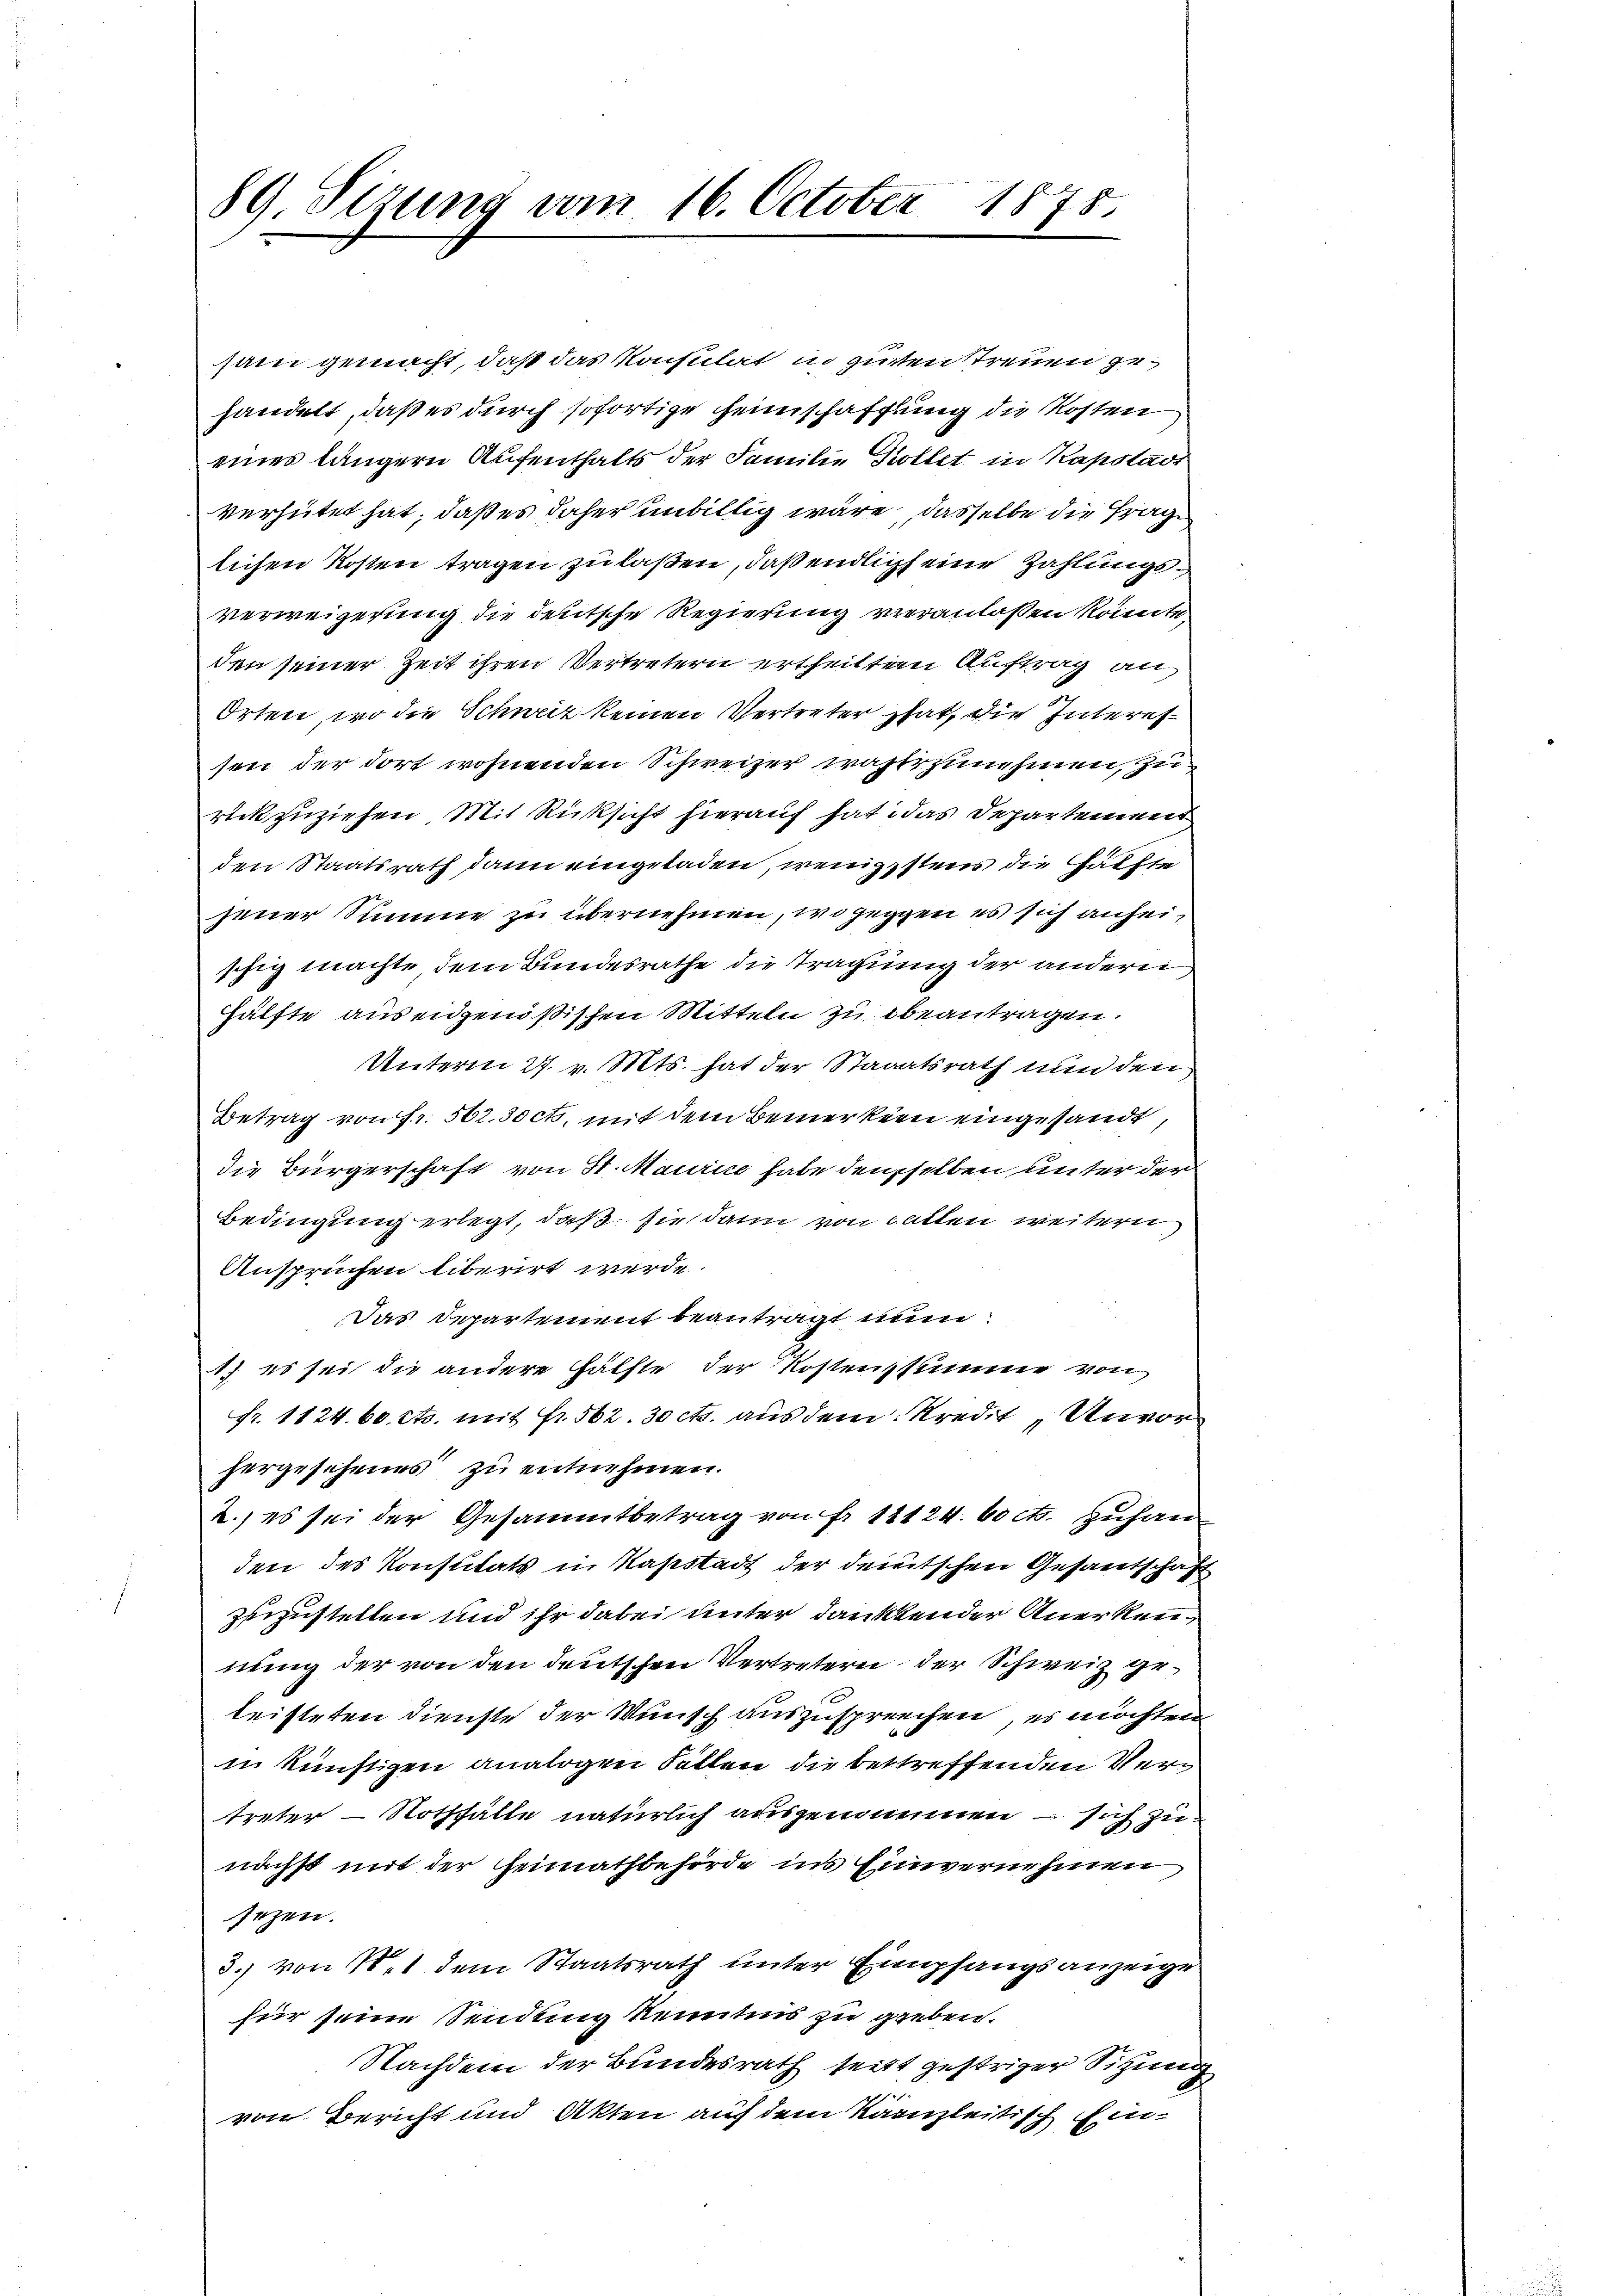
89. Sizung vom 16. October 1875.

sam gemacht, daß das Konsulat in gutten Streuen gehandelt, daß es durch sofortige Heimschaffung die Kosten
eines längern Aufenthalts der Familie Kollet in Kapstadt
verhütet hat, daß es daher unbillig wäre, dasselbe die Frage
lichen Kosten tragen zu laßen, daß endlichs eine Zahlungsverweigerung die deutsche Regierung veranlaßen könnte,
den seiner Zeit ihren Vertretern ertheilten Auftrag an
Orten, wo die Schweiz keinen Vertreter hat, die Interessen der dort wohnenden Schweizer wahrzunehinen, zu
rückzuziehen, Mit Rücksicht hierauf hat das Departement
den Staatsrath dann eingeladen, wenigstens die Gattin
jener Summe zu übernehmen, wogegen es sich anheischig machte dem Bundesrathe die Tragung der anderei
Hälfte aus eidgenößischen Mitteln zu beantragen.
Unterm 27. v. Mts. hat der Staaatsrath nun den
Betrag von fr. 502. 30 cts. mit dem Bemerken eingesandt,
die Bürgerschaft von 31. Maurice habe denselben unter der
Bedingung erlegt, daß sie dann von Fallen weitern
Ansprüchen liberirt werde.
Das Departement beanträgt nun.
1.) es sei die andere Hälfte der Kostenzsumme von
Fr. 1124. 60 cts. mit Fr. 562. 30 cts. aus dem Kredit, Unvorhergesehenes zu entnehmen.
2., es sei der Gesammtbetrag von Fr. 11124. 60 cts. zuhan
den des Konstitats in Naßstadt der deutschen Gesandschaft
zuezustellen und ihr dabei unter danktender Anerkennung der von den deutschen Vertretern der Schweiz geleisteten Dienste der Wunsch auszusprechen, es möchten
in künstigen analogen Fällen die bestreffenden Vertreter Nothfälle natürlich ausgenommen – sich zunächst mit der Heimathbehörde ins Einvernehmen
sezen.
3.) von 11 dem Staatsrath unter Empfangsanzeige
für seine Sendung kenntnis zu geben.
Nachdem der Bundesrath seitt gestriger Sitzung
von Bericht und Akten auf dem Kanzleitisch Ein-